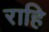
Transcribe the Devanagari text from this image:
राहि